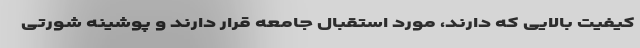
کیفیت بالایی که دارند، مورد استقبال جامعه قرار دارند و پوشینه شورتی